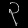
Digit: ၃